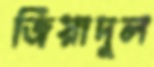
জিয়াদুল